Medical and sanitary report of the native army of Madras for the year
Year: 1877
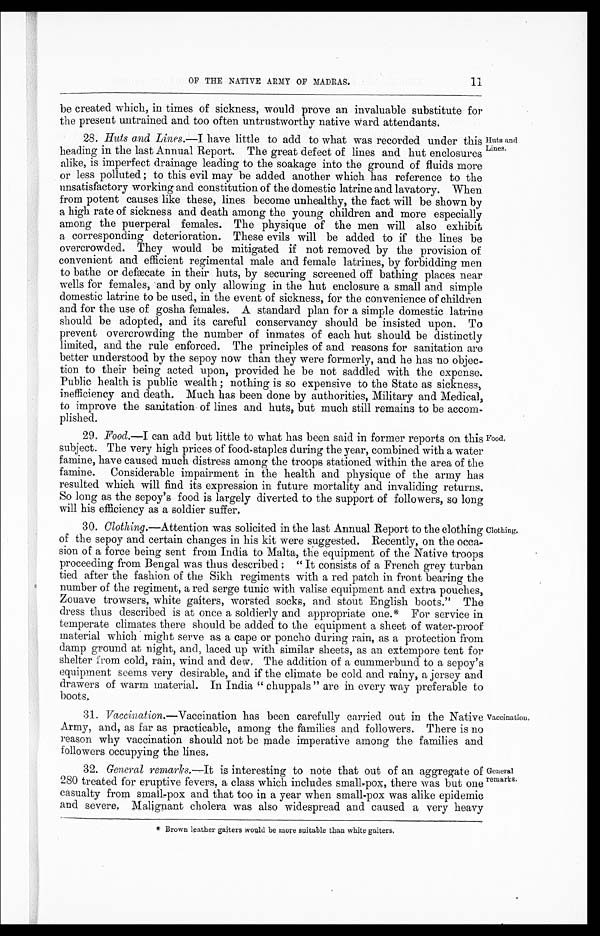
11
OF THE NATIVE ARMY OF MADRAS.
be created which, in times of sickness, would prove an invaluable substitute for
the present untrained and too often untrustworthy native ward attendants.
28. Huts and Lines .—I have little to add to what was recorded under this
heading in the last Annual Report. The great defect of lines and hut enclosures
alike, is imperfect drainage leading to the soakage into the ground of fluids more
or less polluted; to this evil may be added another which has reference to the
unsatisfactory working and constitution of the domestic latrine and lavatory. When
from potent causes like these, lines become unhealthy, the fact will be shown by
a high rate of sickness and death among the young children and more especially
among the puerperal females. The physique of the men will also exhibit
a corresponding deterioration. These evils will be added to if the lines be
overcrowded. They would be mitigated if not removed by the provision of
convenient and efficient regimental male and female latrines, by forbidding men
to bathe or defæcate in their huts, by securing screened off bathing places near
wells for females, and by only allowing in the hut enclosure a small and simple
domestic latrine to be used, in the event of sickness, for the convenience of children
and for the use of gosha females. A standard plan for a simple domestic latrine
should be adopted, and its careful conservancy should be insisted upon. To
prevent overcrowding the number of inmates of each hut should be distinctly
limited, and the rule enforced. The principles of and reasons for sanitation are
better understood by the sepoy now than they were formerly, and he has no objec
-tion to their being acted upon, provided he be not saddled with the expense.
Public health is public wealth; nothing is so expensive to the State as sickness,
inefficiency and death. Much has been done by authorities, Military and Medical,
to improve the sanitation of lines and huts, but much still remains to be accom
-plished.
Huts and
Lines.
29.
Food .—I can add but little to what has been said in former reports on this
subject. The very high prices of food-staples during the year, combined with a water
famine, have caused much distress among the troops stationed within the area of the
famine. Considerable impairment in the health and physique of the army has
resulted which will find its expression in future mortality and invaliding returns.
So long as the sepoy's food is largely diverted to the support of followers, so long
will his efficiency as a soldier suffer.
30.
Clothing.—Attention was solicited in the last Annual Report to the clothing
of the sepoy and certain changes in his kit were suggested. Recently, on the occa
- s i o n o f a f o r c e b e i n g s e n t f r o m I n d i a t o M a l t a , t h e e q u i p m e n t o f t h e N a t i v e t r o o p s
proceeding from Bengal was thus described: "It consists of a French grey turban
tied after the fashion of the Sikh regiments with a red patch in front bearing the
number of the regiment, a red serge tunic with valise equipment and extra pouches,
Zouave trowsers, white gaiters, worsted socks, and stout English boots." The
dress thus described is at once a soldierly and appropriate one.* For service in
temperate climates there should be added to the equipment a sheet of water-proof
material which might serve as a cape or poncho during rain, as a protection from
damp ground at night, and, laced up with similar sheets, as an extempore tent for
shelter from cold, rain, wind and dew. The addition of a cummerbund to a sepoy'
s e q u i p m e n t s e e m s v e r y d e s i r a b l e , a n d i f t h e c l i m a t e b e c o l d a n d r a i n y , a j e r s e y a n d
drawers of warm material. In India "chuppals" are in every way preferable to
boots.
31.
Vaccination .—Vaccination has been carefully carried out in the Native
Army, and, as far as practicable, among the families and followers. There is no
reason why vaccination should not be made imperative among the families and
followers occupying the lines.
Food.
Clothing.
Vaccination.
32. General remarks.—It is interesting to note that out of an aggregate of
280 treated for eruptive fevers, a class which includes small-pox, there was but one
casualty from small-pox and that too in a year when small-pox was alike epidemic
and severe. Malignant cholera was also widespread and caused a very heavy
* Brown leather gaiters would be more suitable than white gaiters.
General
remarks.